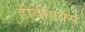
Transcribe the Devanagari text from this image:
डीवीएक्स